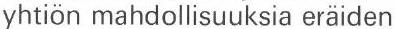
yhtiön mahdollisuuksia eräiden